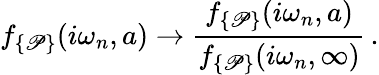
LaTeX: f_{\{ \mathscr{P}\} }(i\omega_{n},a)\to\frac{{f_{\{ \mathscr{P}\} }(i\omega_{n},a)}}{{f_{\{ \mathscr{P}\} }(i\omega_{n},\infty)}}\, {.}